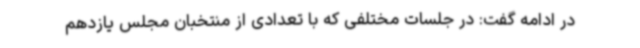
در ادامه گفت: در جلسات مختلفی که با تعدادی از منتخبان مجلس یازدهم